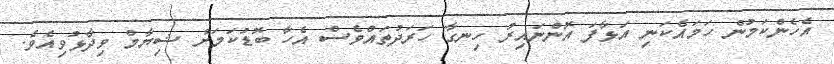
އެހެންކަމުން ހަމައެކަނި އަޅާފަ އޮންނައިރު ހިނގާ ހަރަދުތައްވެސް އެހާ ބޮޑުކަމަށް ޝިޔާމް ވިދާޅުވިއެވެ.